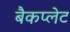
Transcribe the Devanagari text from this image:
बैकप्लेट